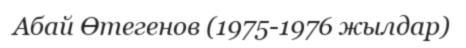
Абай Өтегенов (1975-1976 жылдар)